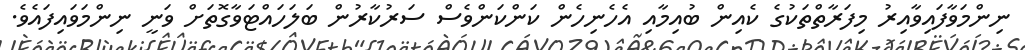
ނިންމަވާފައިވާއިރު މިފަރާތްތަކުގެ ކެއިން ބުއިމާއި އެހެނިހެން ކަންކަންވެސް ސަރުކާރުން ބަލަހައްޓަވާގޮތަށް ވަނީ ނިންމަވައިފައެވެ.